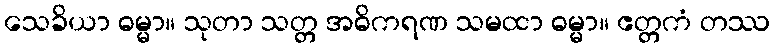
သေခိယာ ဓမ္မာ။ သုတာ သတ္တ အဓိကရဏ သမထာ ဓမ္မာ။ ဧတ္တကံ တဿ